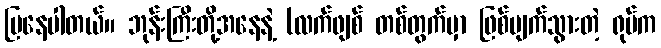
ပြနေပါတယ်။ ဘုန်းကြီးတို့အနေနဲ့ (လက်ဖျစ် တစ်တွက်မှာ ဖြစ်ပျက်သွားတဲ့ ရုပ်က